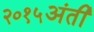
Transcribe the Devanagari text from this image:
२०१५अंती